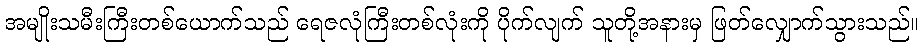
အမျိုးသမီးကြီးတစ်ယောက်သည် ရေဇလုံကြီးတစ်လုံးကို ပိုက်လျက် သူတို့အနားမှ ဖြတ်လျှောက်သွားသည်။